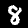
Digit: 8